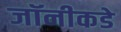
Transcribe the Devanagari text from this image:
जॉनीकडे